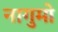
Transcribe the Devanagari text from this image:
नागुमो